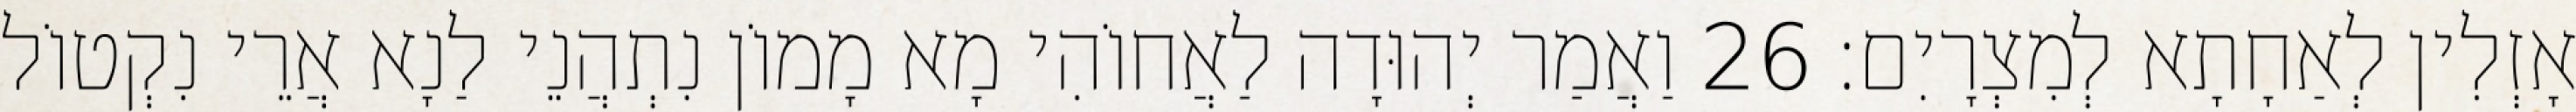
אָזְלִין לְאַחָתָא לְמִצְרָיִם׃ 26 וַאֲמַר יְהוּדָה לַאֲחוֹהִי מָא מָמוֹן נִתְהֲנֵי לַנָא אֲרֵי נִקְטוֹל